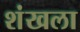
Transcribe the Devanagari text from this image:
शंखला